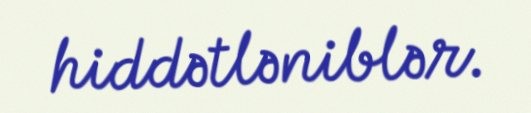
hiddətləniblər.